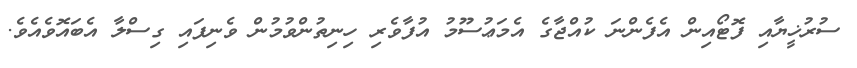
ސުރުޚީޔާއި ފޮޓޯއިން އެފެންނަ ކުއްޖާގެ އެމަޢުސޫމު އުފާވެރި ހިނިތުންވުމުން ވެނިފައި ގިސްލާ އެބައޮވެއެވެ.